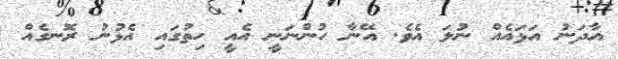
އާދަނު އަޅައެއް ނުލަ އެވެ. އޭނާ ހުންނަނީ އެއީ ހިތުގައި އެޅުނު ރޮނގެއް